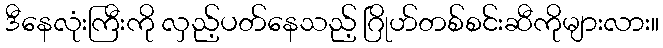
ဒီနေလုံးကြီးကို လှည့်ပတ်နေသည့် ဂြိုဟ်တစ်စင်းဆီကိုများလား။